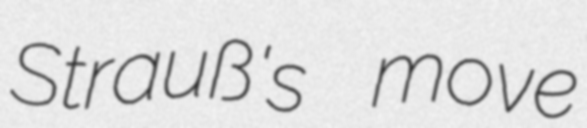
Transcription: Strauß's move